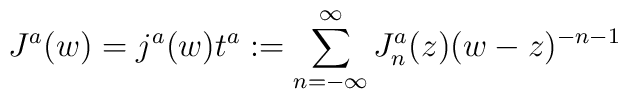
J^a(w)= j^a(w) t^a :=\sum_{n=-\infty}^{\infty}J_n^a(z) (w-z)^{-n-1}